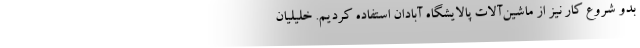
بدو شروع کار نیز از ماشین‌آلات پالایشگاه آبادان استفاده کردیم. خلیلیان